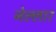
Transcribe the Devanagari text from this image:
नेल्‍लार